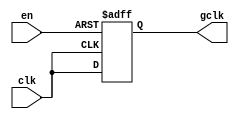
module clock_gating (
    input wire clk,         // Main clock signal
    input wire en,          // Enable signal
    output reg gclk        // Gated clock output
);

// Gated clock generation
always @(posedge clk or negedge en) begin
    if (!en) begin
        gclk <= 1'b0;      // Hold gclk low when enable is low
    end else begin
        gclk <= clk;       // Pass through clk when enable is high
    end
end

endmodule